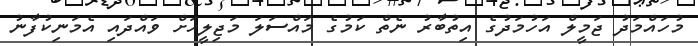
މުހައްމަދު ޖަމީލް އަހުމަދުގެ އިތުބާރު ނެތް ކަމުގެ މައްސަލަ މަޖިލީހަށް ވައްދައި އެމަނިކުފާނު